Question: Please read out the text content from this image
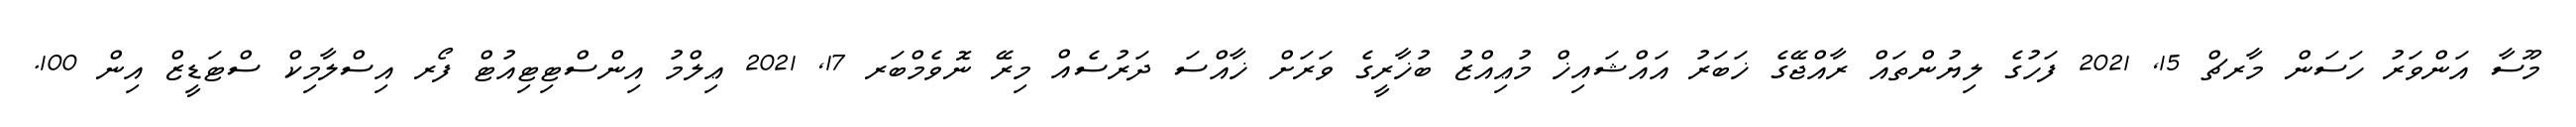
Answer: މޫސާ އަންވަރު ހަސަން މާރޗް 15, 2021 ފަހުގެ ލިޔުންތައް ރާއްޖޭގެ ޚަބަރު އައްޝައިޚް މުޢިއްޒު ބުޚާރީގެ ވަރަށް ޚާއްސަ ދަރުސެއް މިރޭ ނޮވެމްބަރ 17, 2021 ޢިލްމު އިންސްޓިޓިއުޓް ފޯރ އިސްލާމިކް ސްޓަޑީޒް އިން 100.